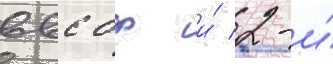
ввс бф и́ 2-и́